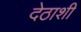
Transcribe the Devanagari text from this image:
देठाशी